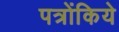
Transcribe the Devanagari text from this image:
पत्रोंकिये